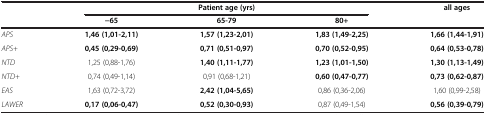
<table><thead><tr><td><b> </b></td><td colspan="3"><b>Patient age (yrs)</b></td><td><b>all ages</b></td></tr><tr><td><b> </b></td><td><b>−65</b></td><td><b>65-79</b></td><td><b>80+</b></td><td><b> </b></td></tr></thead><tbody><tr><td><i>APS</i></td><td><b>1,46 (1,01-2,11)</b></td><td><b>1,57 (1,23-2,01)</b></td><td><b>1,83 (1,49-2,25)</b></td><td><b>1,66 (1,44-1,91)</b></td></tr><tr><td><i>APS+</i></td><td><b>0,45 (0,29-0,69)</b></td><td><b>0,71 (0,51-0,97)</b></td><td><b>0,70 (0,52-0,95)</b></td><td><b>0,64 (0,53-0,78)</b></td></tr><tr><td><i>NTD</i></td><td>1,25 (0,88-1,76)</td><td><b>1,40 (1,11-1,77)</b></td><td><b>1,23 (1,01-1,50)</b></td><td><b>1,30 (1,13-1,49)</b></td></tr><tr><td><i>NTD+</i></td><td>0,74 (0,49-1,14)</td><td>0,91 (0,68-1,21)</td><td><b>0,60 (0,47-0,77)</b></td><td><b>0,73 (0,62-0,87)</b></td></tr><tr><td><i>EAS</i></td><td>1,63 (0,72-3,72)</td><td><b>2,42 (1,04-5,65)</b></td><td>0,86 (0,36-2,06)</td><td>1,60 (0,99-2,58)</td></tr><tr><td><i>LAWER</i></td><td><b>0,17 (0,06-0,47)</b></td><td><b>0,52 (0,30-0,93)</b></td><td>0,87 (0,49-1,54)</td><td><b>0,56 (0,39-0,79)</b></td></tr></tbody></table>